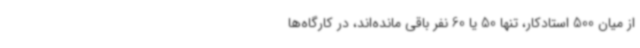
از میان 500 استادکار، تنها 50 یا 60 نفر باقی مانده‌اند، در کارگاه‌ها